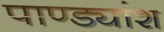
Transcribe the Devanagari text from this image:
पाण्ड्यांश